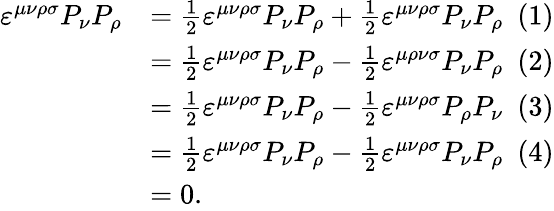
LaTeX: \begin{array}{rl}{\varepsilon^{\mu\nu\rho\sigma}P_{\nu}P_{\rho}}&{=\frac{1}{2}\varepsilon^{\mu\nu\rho\sigma}P_{\nu}P_{\rho}+\frac{1}{2}\varepsilon^{\mu\nu\rho\sigma}P_{\nu}P_{\rho}\ \ (1)}\\ &{=\frac{1}{2}\varepsilon^{\mu\nu\rho\sigma}P_{\nu}P_{\rho}-\frac{1}{2}\varepsilon^{\mu\rho\nu\sigma}P_{\nu}P_{\rho}\ \ (2)}\\ &{=\frac{1}{2}\varepsilon^{\mu\nu\rho\sigma}P_{\nu}P_{\rho}-\frac{1}{2}\varepsilon^{\mu\nu\rho\sigma}P_{\rho}P_{\nu}\ \ (3)}\\ &{=\frac{1}{2}\varepsilon^{\mu\nu\rho\sigma}P_{\nu}P_{\rho}-\frac{1}{2}\varepsilon^{\mu\nu\rho\sigma}P_{\nu}P_{\rho}\ \ (4)}\\ &{=0.}\end{array}